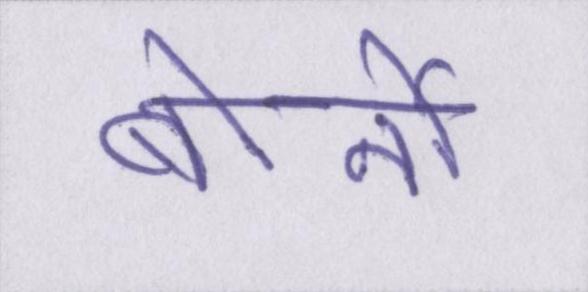
बोर्नो